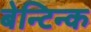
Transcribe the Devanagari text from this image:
बेन्टिन्क